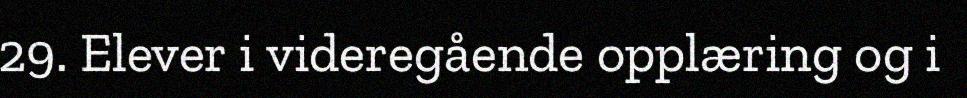
29. Elever i videregående opplæring og i